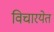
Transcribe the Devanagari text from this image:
विचारयेत